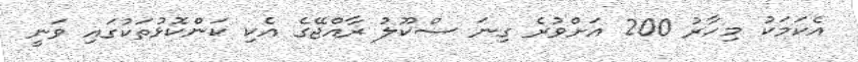
އެކަމަކު މިހާރު 200 އަށްވުރެ ގިނަ ސްކޫލު ރާއްޖޭގެ އެކި ކަންކޮޅުތަކުގައި ވަނީ